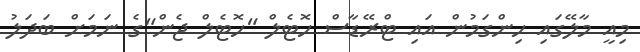
މިއީ މާލޭގައި ހިންގަމުން އައި ޓްރޭޑާސް ހޮޓެލް "ހޮޓެލް ޖެން"ގެ ނަމަށް ބަދަލު